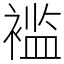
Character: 褴